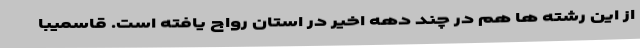
از این رشته ها هم در چند دهه اخیر در استان رواج یافته است. قاسمیبا